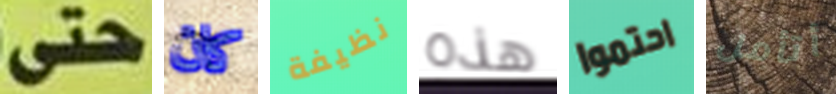
حتى كان نظيفة هذه احتموا أتأمل